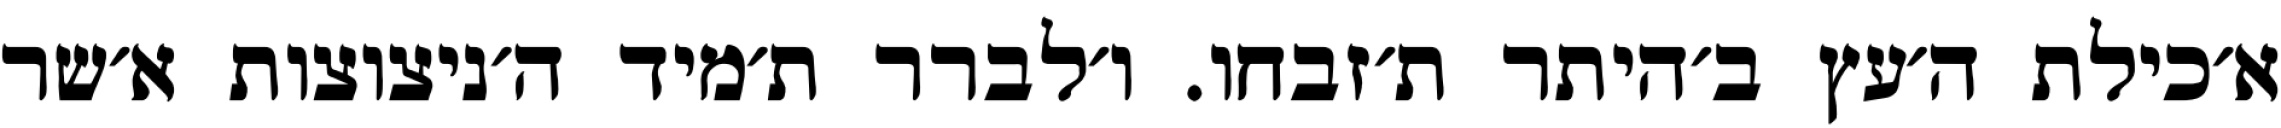
א׳כילת ה׳עץ ב׳היתר ת׳זבחו. ו׳לברר ת׳מיד ה׳ניצוצות א׳שר